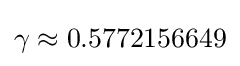
\gamma \approx 0.5772156649